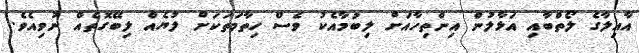
އާއިލާގެ ލޯތްބާއި އަޅާލުން އިންތިހާއަށް ލިބުމާއެކު ވެސް ހިތާމަތަކަށް ލުޔެއް ލިބޭގޮތެއް ނުވިއެވެ.